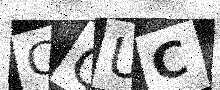
Text: CQUC